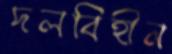
দলবিহীন